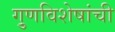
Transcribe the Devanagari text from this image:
गु्णविशेषांची